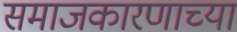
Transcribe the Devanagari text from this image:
समाजकारणाच्या